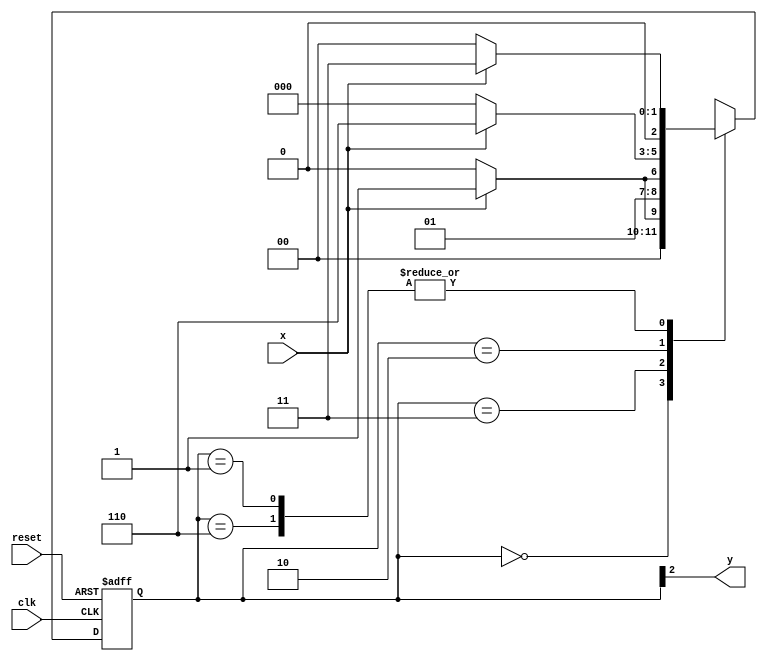
//ARQ1 - Guia07 - Eduardo Botelho de Andrade 

`define found 1
`define notfound 0

module moore (y,x,clk,reset);
 output y;
 input x;
 input clk;
 input reset;
 
 reg y;
 
 parameter
  start = 3'b000,
  id1 = 3'b001,
  id11 = 3'b011,
  id110 = 3'b010,
  id1101 = 3'b110; //found
  
  reg [2:0] E1; //current state
  reg [2:0] E2; //next state logic output
  
 always @ (x or E1)
  begin
   case (E1)
    start:
     if (x)
      E2 = id1;
      else
      E2 = start;
     id1:
      if ( x )
       E2 = id11;
      else
       E2 = start;
     id11:
      if ( x )
       E2 = id11;
      else
       E2 = id110;
     id110:
      if ( x )
       E2 = id1101;
      else
       E2 = start;
     id1101:
      if ( x )
       E2 = id11; 
      else 
       E2 = start; 
     default:   // undefined statee   
         E2 = 3'bxxx; 
     endcase
    end
   
   //state variables
    always @ (posedge clk or negedge reset)
     begin
      if (reset)
       E1 = E2;
      else
       E1 = 0;
     end
   
   //logic output
    always @ (E1)
     begin
      y = E1[2]; //first bit of state value
     end

endmodule